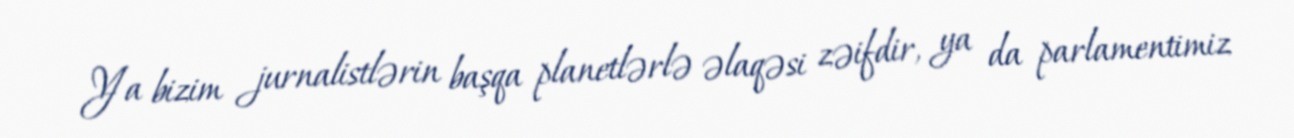
Ya bizim jurnalistlərin başqa planetlərlə əlaqəsi zəifdir, ya da parlamentimiz